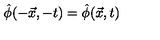
\hat { \phi } ( - \vec { x } , - t ) = \hat { \phi } ( \vec { x } , t )